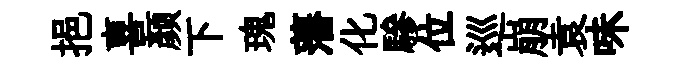
挹喜颜下瑰藩化驂位巡崩袁味